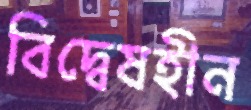
বিদ্বেষহীন